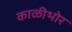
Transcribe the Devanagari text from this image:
काळीभोर